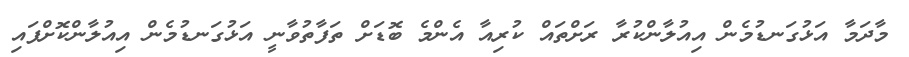
މާދަމާ އަޅުގަނޑުމެން އިއުލާންކުރާ ރަށްތައް ކުރިއާ އެންމެ ބޮޑަށް ތަފާތުވާނީ އަޅުގަނޑުމެން އިއުލާންކޮށްފައި